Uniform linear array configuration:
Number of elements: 12
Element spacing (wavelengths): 0.75
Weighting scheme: exponential
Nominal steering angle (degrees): -60
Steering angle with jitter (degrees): -58.199
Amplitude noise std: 0.05
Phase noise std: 0.05

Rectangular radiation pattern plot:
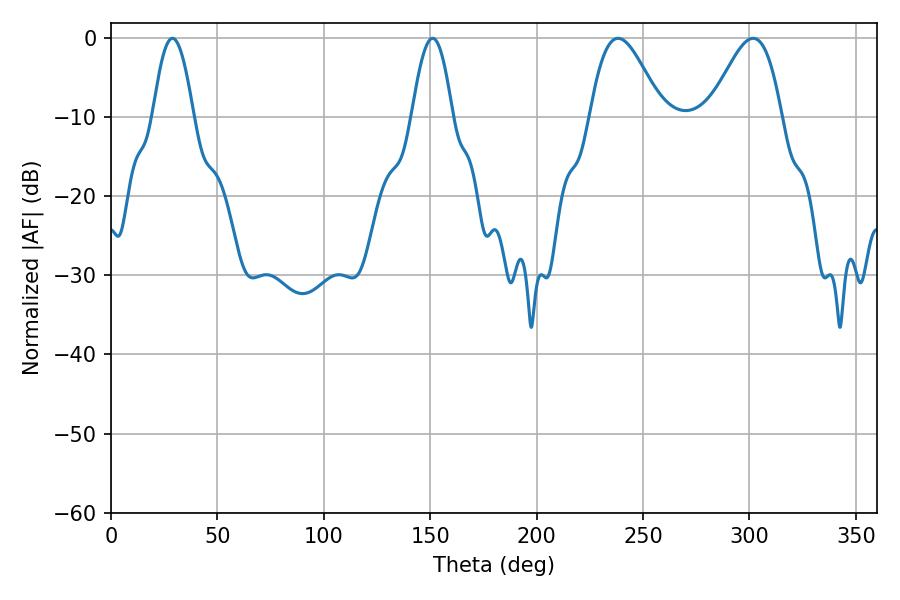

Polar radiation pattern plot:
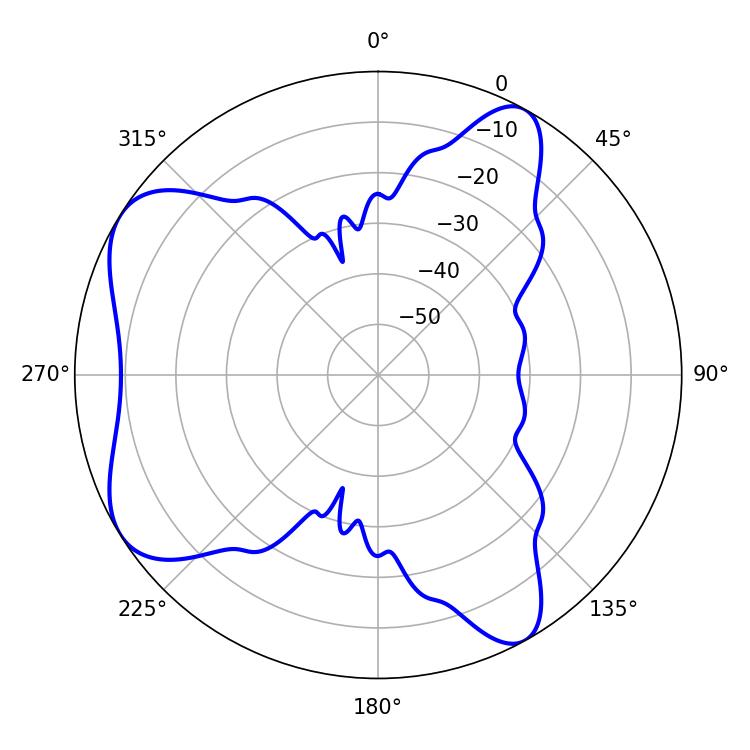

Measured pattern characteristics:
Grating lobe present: TRUE
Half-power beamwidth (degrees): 18
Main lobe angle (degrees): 238.32